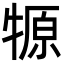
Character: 㹉